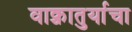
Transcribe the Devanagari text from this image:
वाक्चातुर्याचा